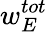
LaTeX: w_{E}^{tot}